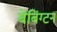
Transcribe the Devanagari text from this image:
बेबिंग्टन